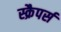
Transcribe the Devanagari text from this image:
स्क्रैपर्स